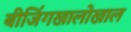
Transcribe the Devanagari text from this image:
बीजिंगखालोखाल